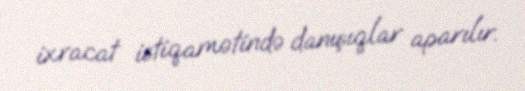
ixracat istiqamətində danışıqlar aparılır.